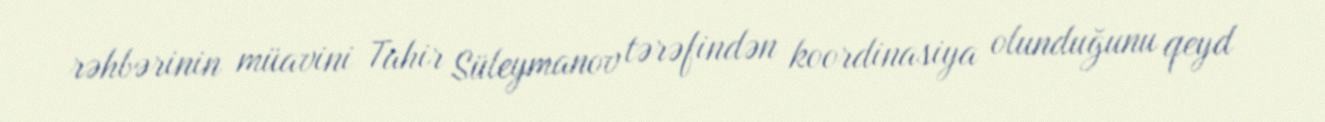
rəhbərinin müavini Tahir Süleymanov tərəfindən koordinasiya olunduğunu qeyd